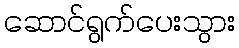
ဆောင်ရွက်ပေးသွား